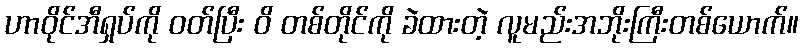
ဟာဝိုင်အီရှပ်ကို ဝတ်ပြီး ဝိ တစ်တိုင်ကို ခဲထားတဲ့ လူမည်းအဘိုးကြီးတစ်ယောက်။